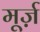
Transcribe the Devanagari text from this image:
मूर्ज़